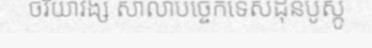
ចរិយាវង្ស សាលាបច្ចេកទេសដុនបូស្កូ